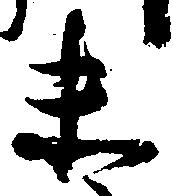
末